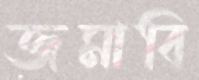
জমাবি